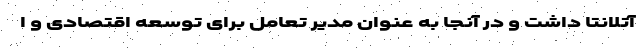
آتلانتا داشت و در آنجا به عنوان مدیر تعامل برای توسعه اقتصادی و ا